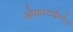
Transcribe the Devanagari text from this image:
ओव्हरटाईमनंतर